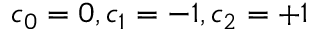
c _ { 0 } = 0 , c _ { 1 } = - 1 , c _ { 2 } = + 1